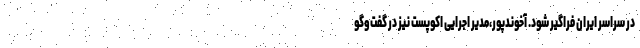
در سراسر ایران فراگیر شود. آخوندپور،مدیر اجرایی اکوپست نیز در گفت‌وگو